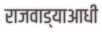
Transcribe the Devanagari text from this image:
राजवाड्याआधी